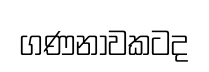
ගණනාවකටද